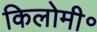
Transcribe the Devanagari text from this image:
किलोमी॰